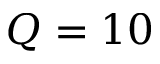
Q = 1 0